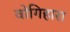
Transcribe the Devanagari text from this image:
वोगिहारा